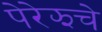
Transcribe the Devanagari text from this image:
पेरेझचे